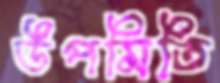
উপমিতি